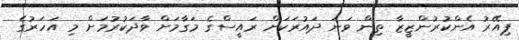
ޕިއޭރު އެންކުރުންޒީޒާ ތިން ވަނަ ދައުރަކަށް ރައީސްގެ މަގާމަށް ވާދަކުރުމަށް މި އަހަރުގެ